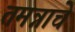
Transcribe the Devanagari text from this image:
तमन्नाचे